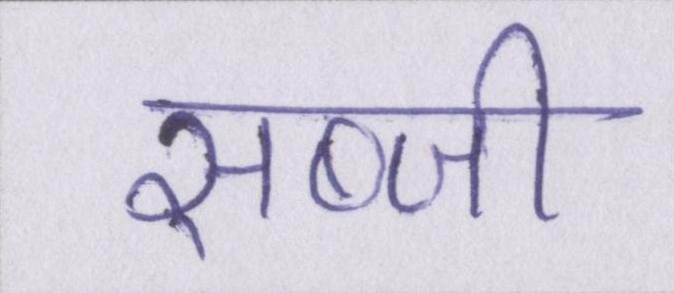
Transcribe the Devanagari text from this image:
सब्जी